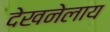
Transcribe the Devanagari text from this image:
देखनेलाय